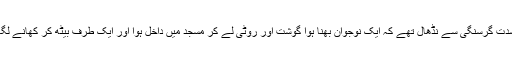
شدت گرسنگی سے نڈھال تھے کہ ایک نوجوان بھنا ہوا گوشت اور روٹی لے کر مسجد میں داخل ہوا اور ایک طرف بیٹھ کر کھانے لگا۔